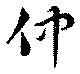
仲